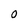
Character: O